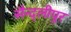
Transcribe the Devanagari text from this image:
सैन्द्लीपुर